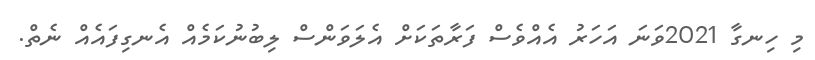
މި ހިނގާ 2021ވަނަ އަހަރު އެއްްވެސް ފަރާތަކަށް އެލަވަންސް ލިބުނުކަމެއް އެނގިފައެއް ނެތް.